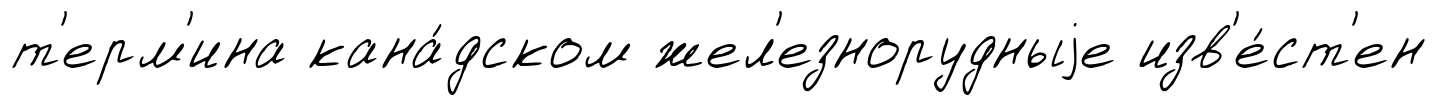
т'ерм'ина кана́дском жел'езнорудныjе изв'е́ст'ен